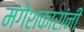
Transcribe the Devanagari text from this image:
मंगेशकारांनी